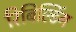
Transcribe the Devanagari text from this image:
रिबिल्डिंग